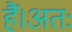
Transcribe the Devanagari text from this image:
हैं।अतः